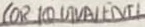
Text: (OR EQUIVALENT)